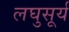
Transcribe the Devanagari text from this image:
लघुसूर्य